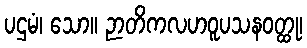
ပဌမံ၊ သော။ ဉာတိကလဟဝူပသနဝတ္ထု၊